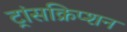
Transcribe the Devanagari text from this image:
ट्रांसक्रिप्‍शन